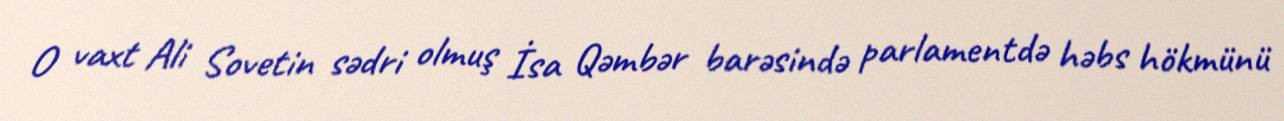
O vaxt Ali Sovetin sədri olmuş İsa Qəmbər barəsində parlamentdə həbs hökmünü